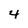
Character: 4